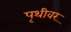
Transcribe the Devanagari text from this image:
पृथीवर